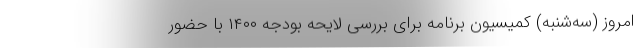
امروز (سه‌شنبه) کمیسیون برنامه برای بررسی لایحه بودجه ۱۴۰۰ با حضور